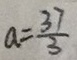
a = \frac { 3 7 } { 3 }